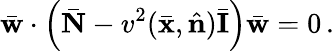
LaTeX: \bar{\mathbf w}\cdot\left(\bar{\mathbf N}-v^{2}(\bar{\mathbf x},\hat{\mathbf n})\bar{\mathbf I}\right)\bar{\mathbf w}=0\, .